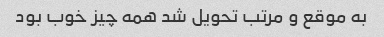
به موقع و مرتب تحویل شد همه چیز خوب بود